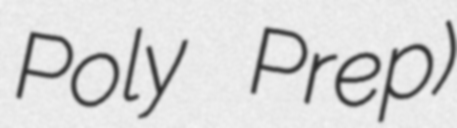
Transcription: Poly Prep)